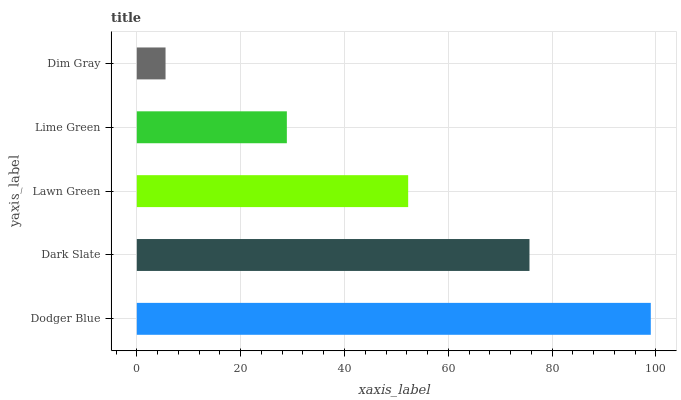
| yaxis_label | bars |
 | --- | --- |
 | Dodger Blue | 99 |
 | Dark Slate | 75.6 |
 | Lawn Green | 52.3 |
 | Lime Green | 28.9 |
 | Dim Gray | 5.53 |